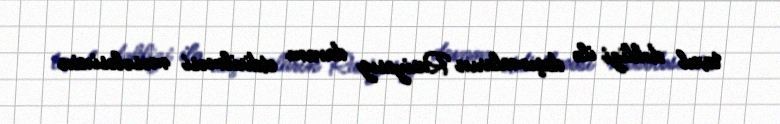
taxıl dəhlizi ilə daşımaların Rusiyasız davam etdirilməsi məsələsinin